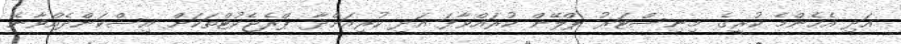
އަދި އެހެންމެ ކުރީގެ މިނިސްޓަރު ޕްލޭން ކުރައްވާފަ އަދި ކުރިއަށްދާ ޕްރެޖެކުޓްތަކަށް އިސްކަންދެއްވާނެ